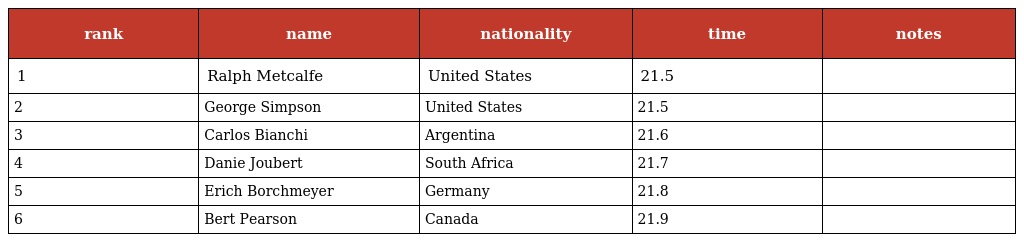
| rank | name | nationality | time | notes |
 | --- | --- | --- | --- | --- |
 | 1 | Ralph Metcalfe | United States | 21.5 |  |
 | 2 | George Simpson | United States | 21.5 |  |
 | 3 | Carlos Bianchi | Argentina | 21.6 |  |
 | 4 | Danie Joubert | South Africa | 21.7 |  |
 | 5 | Erich Borchmeyer | Germany | 21.8 |  |
 | 6 | Bert Pearson | Canada | 21.9 |  |